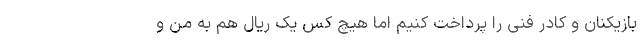
بازیکنان و کادر فنی را پرداخت کنیم اما هیچ کس یک ریال هم به من و